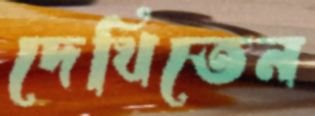
দেখিতেন